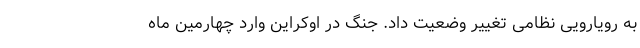
به رویارویی نظامی تغییر وضعیت داد. جنگ در اوکراین وارد چهارمین ماه